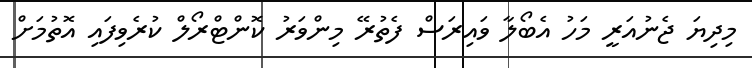
މިދިޔަ ޖެނުއަރީ މަހު އެބޯލާ ވައިރަސް ފެތުރޭ މިންވަރު ކޮންޓްރޯލް ކުރެވިފައި އޮތުމަށް